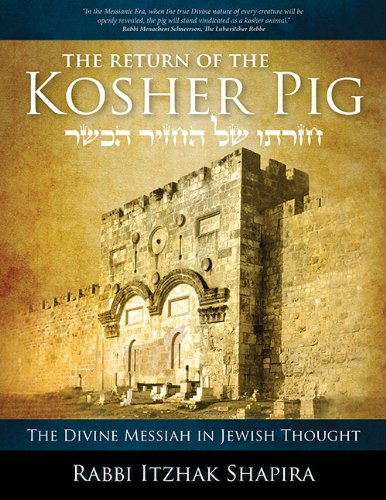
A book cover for Return of the Kosher Pig; Itzhak Shapira; Religion & Spirituality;